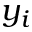
y _ { i }